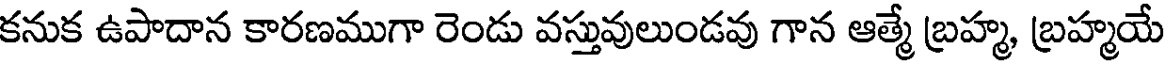
కనుక ఉపాదాన కారణముగా రెండు వస్తువులుండవు గాన ఆత్మే బ్రహ్మ, బ్రహ్మయే